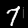
Label: 7